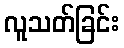
လူသတ်ခြင်း